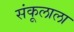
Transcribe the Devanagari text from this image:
संकूलाला